Lunatic asylums Bombay report 1878-1890 - 1878-1890
Year: 1878
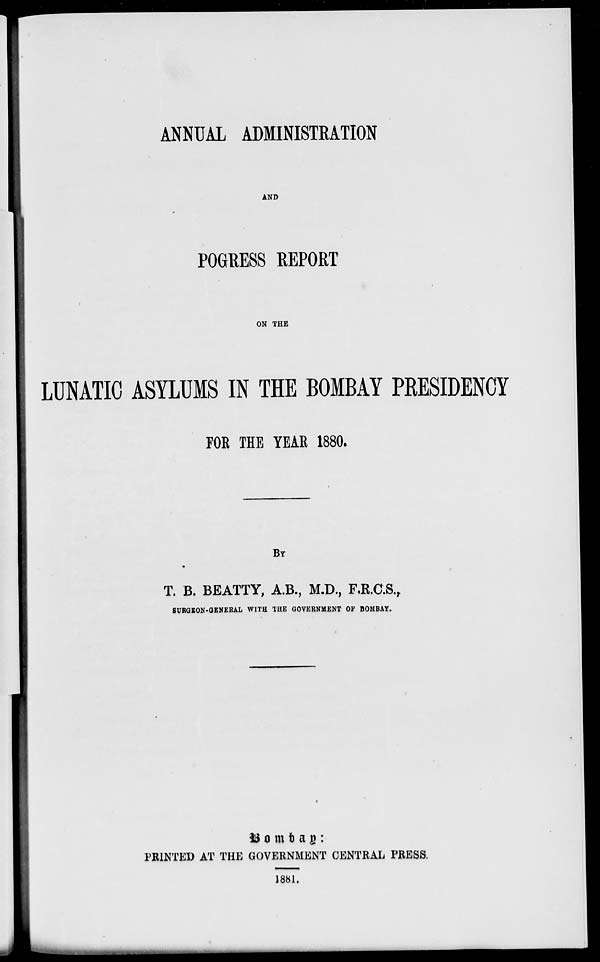
ANNUAL ADMINISTRATION
AND
POGRESS REPORT
ON THE
LUNATIC ASYLUMS IN THE BOMBAY PRESIDENCY
FOR THE YEAR 1880.
BY
T. B. BEATTY, A.B., M.D., F.R.C.S.,
SURGEON-GENERAL WITH THE GOVERNMENT OF BOMBAY.
Bombay :
PRINTED AT THE GOVERNMENT CENTRAL PRESS.
1881.